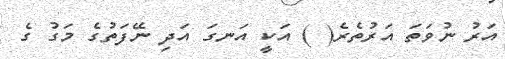
އަރު ނުވަތަ އަރުތެރެ( ) އަކީ އަނގަ އަދި ނޭފަތުގެ މަގު ގެ